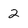
Character: 2